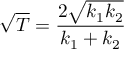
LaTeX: { \sqrt { T } } = { \frac { 2 { \sqrt { k _ { 1 } k _ { 2 } } } } { k _ { 1 } + k _ { 2 } } }